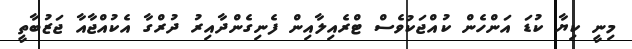
މިނީ ކިޔާ ކުޑަ އަންހެން ކުއްޖަކުވެސް ޓްރެއިލާއިން ފެނިގެންދާއިރު ދުރްގާ އެކުއްޖާއާ ޖަޒުބާތީ